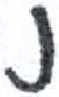
אות: נ